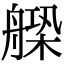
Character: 𦩺